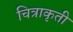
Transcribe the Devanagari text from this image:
चित्राकृती